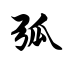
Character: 弧